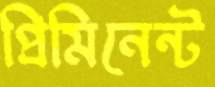
প্রিমিনেন্ট